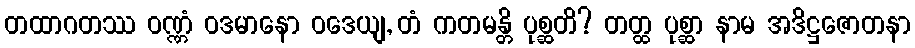
တထာဂတဿ ဝဏ္ဏံ ဝဒမာနော ဝဒေယျ, တံ ကတမန္တိ ပုစ္ဆတိ? တတ္ထ ပုစ္ဆာ နာမ အဒိဋ္ဌဇောတနာ